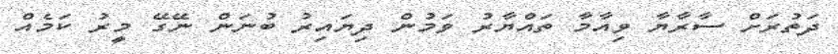
ދަތުރަށް ސާރާޔާ ވިއާމާ ތައްޔާރު ވަމުން ދިޔައިރު ބުނަން ނޭގޭ މީރު ކަމެއް